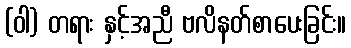
(ဝါ) တရား နှင့်အညီ ဗလိနတ်စာပေးခြင်း။